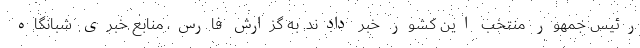
رئیس جمهور منتخب این کشور خبر دادند. به گزارش فارس، منابع خبری شبانگاه